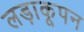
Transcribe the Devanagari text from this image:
लड़ाकूपन